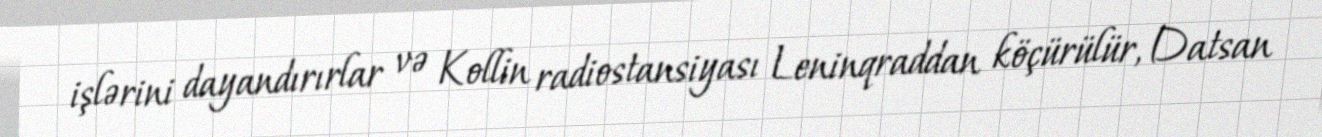
işlərini dayandırırlar və Kollin radiostansiyası Leninqraddan köçürülür, Datsan